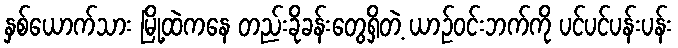
နှစ်ယောက်သား မြို့ထဲကနေ တည်းခိုခန်းတွေရှိတဲ့ ယာဉ်ဝင်းဘက်ကို ပင်ပင်ပန်းပန်း